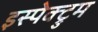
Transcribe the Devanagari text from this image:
इस्पेक्ट्रुम